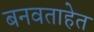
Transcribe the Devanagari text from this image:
बनवताहेत